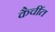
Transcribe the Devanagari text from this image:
कैचींत